画像に写った文字を読んでください
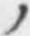
「ノ」と書いてあります